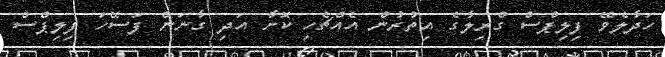
ހަދާލެވޭ ފިލިޕްސް ގްރިލާގެ އިތުރުން އެއްޗެހި ކޮށާ އަދި ގާނަން ފަސޭހަ ފިލިޕްސް